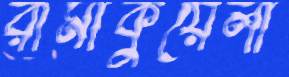
রামাকুয়েলা